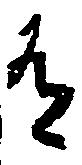
有